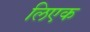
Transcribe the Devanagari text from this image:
लिएक